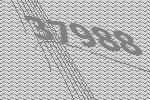
37988